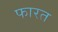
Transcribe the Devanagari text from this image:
फारत